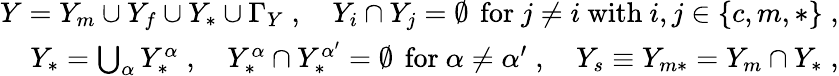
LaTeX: \begin{array}{r}{Y=Y_{m}\cup Y_{f}\cup Y_{*}\cup\Gamma_{Y}\; ,\quad Y_{i}\cap Y_{j}=\emptyset\, \mathrm{~for~}j\not=i\mathrm{~with~}i,j\in\{ c,m,*\} \; ,}\\ {Y_{*}=\bigcup_{\alpha}Y_{*}^{\alpha}\; ,\quad Y_{*}^{\alpha}\cap Y_{*}^{{\alpha}^{\prime}}=\emptyset\, \mathrm{~for~}{\alpha}\not={\alpha}^{\prime}\; ,\quad Y_{s}\equiv Y_{m*}=Y_{m}\cap Y_{*}\; ,}\end{array}